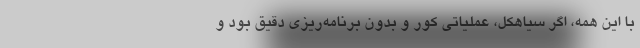
با این همه، اگر سیاهکل، عملیاتی کور و بدون برنامه‌ریزی دقیق بود و